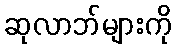
ဆုလာဘ်များကို